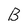
Character: B